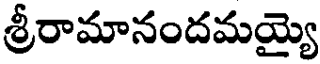
శ్రీరామానందమయ్యై